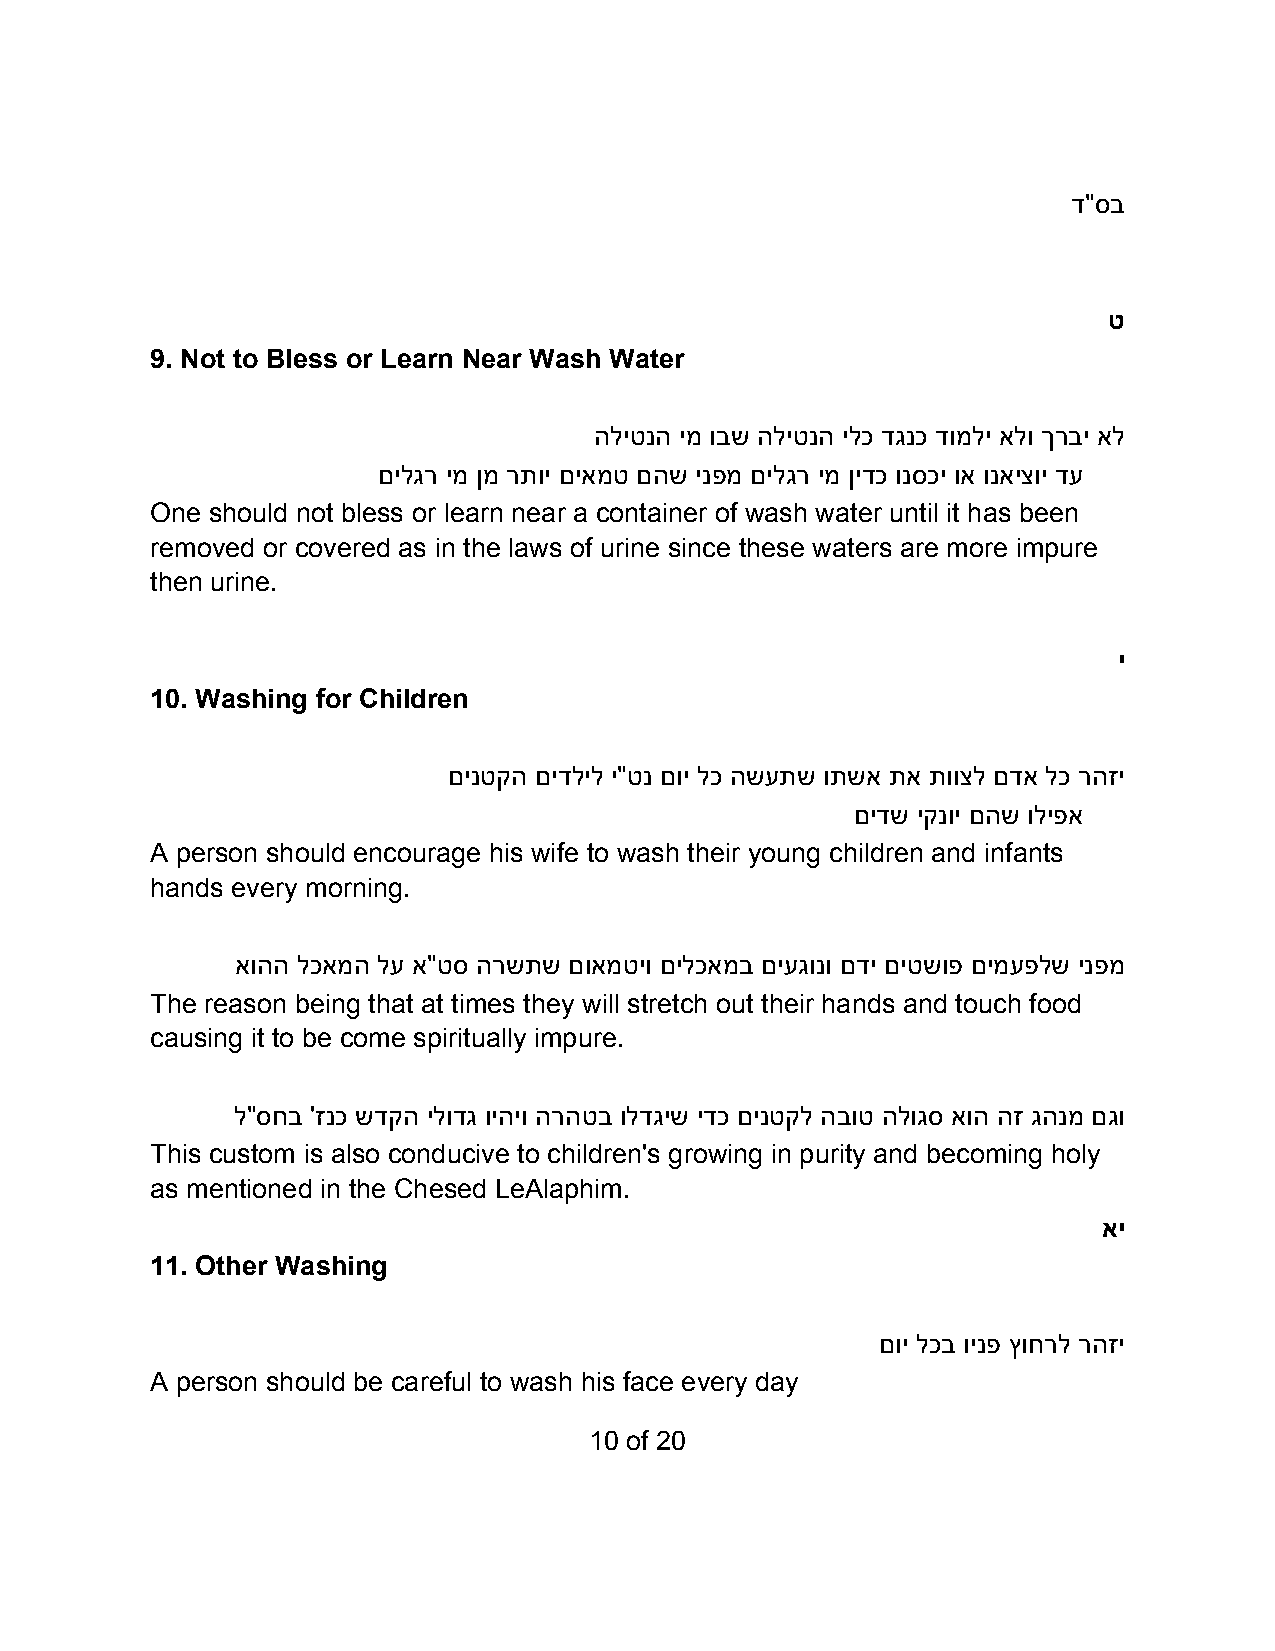
ד"סב
 ט
 9. Not to Bless or Learn Near Wash Water
 הליטנה ימ ובש הליטנה ילכ דגנכ דומלי אלו ךרבי אל
 םילגר ימ ןמ רתוי םיאמט םהש ינפמ םילגר ימ ןידכ ונסכי וא ונאיצוי דע
 One should not bless or learn near a container of wash water until it has been
 removed or covered as in the laws of urine since these waters are more impure
 then urine.
 י
 10. Washing for Children
 םינטקה םידליל י"טנ םוי לכ השעתש ותשא תא תווצל םדא לכ רהזי
 םידש יקנוי םהש וליפא
 A person should encourage his wife to wash their young children and infants
 hands every morning.
 אוהה לכאמה לע א"טס הרשתש םואמטיו םילכאמב םיעגונו םדי םיטשופ םימעפלש ינפמ
 The reason being that at times they will stretch out their hands and touch food
 causing it to be come spiritually impure.
 ל"סחב 'זנכ שדקה ילודג ויהיו הרהטב ולדגיש ידכ םינטקל הבוט הלוגס אוה הז גהנמ םגו
 This custom is also conducive to children's growing in purity and becoming holy
 as mentioned in the Chesed LeAlaphim.
 אי
 11. Other Washing
 םוי לכב וינפ ץוחרל רהזי
 A person should be careful to wash his face every day
 10 of 20